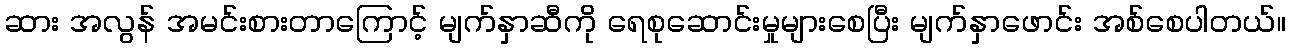
ဆား အလွန် အမင်းစားတာကြောင့် မျက်နှာဆီကို ရေစုဆောင်းမှုများစေပြီး မျက်နှာဖောင်း အစ်စေပါတယ်။